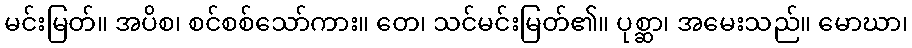
မင်းမြတ်။ အပိစ၊ စင်စစ်သော်ကား။ တေ၊ သင်မင်းမြတ်၏။ ပုစ္ဆာ၊ အမေးသည်။ မောဃာ၊